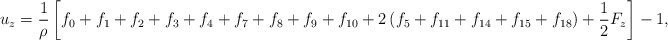
\begin{align*}{u_z} = \frac{1}{\rho }\left[ {{f_0} + {f_1} + {f_2} + {f_3} + {f_4} + {f_7} + {f_8} + {f_9} + {f_{10}} + 2\left( {{f_5} + {f_{11}} + {f_{14}} + {f_{15}} + {f_{18}}} \right) + \frac{1}{2}{F_z}} \right] - 1,\end{align*}